画像に写った文字を読んでください
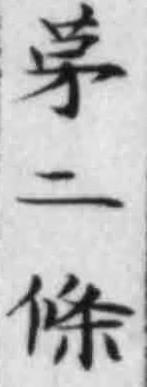
「第二條」と書いてあります